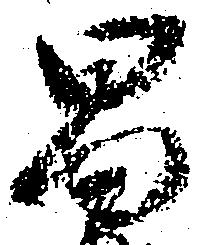
昌